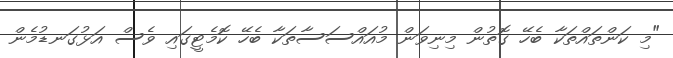
"މި ކަންތައްތަކާ ބެހޭ ގޮތުން މިނިވަން މުއައްސަސާތަކާ ބެހޭ ކޮމެޓީގައި ވެސް އަޅުގަނޑުމެން